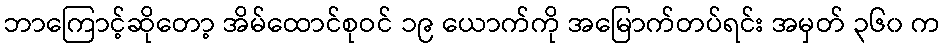
ဘာကြောင့်ဆိုတော့ အိမ်ထောင်စုဝင် ၁၉ ယောက်ကို အမြောက်တပ်ရင်း အမှတ် ၃၆၀ က